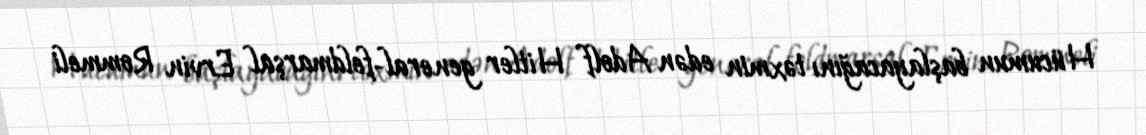
Hücumun başlayacağını təxmin edən Adolf Hitler general-feldmarşal Ervin Rommeli